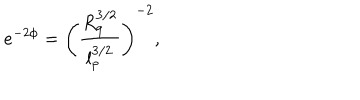
e ^ { - 2 \phi } = \left( \frac { R _ { 9 } ^ { 3 / 2 } } { l _ { p } ^ { 3 / 2 } } \right) ^ { - 2 } ,